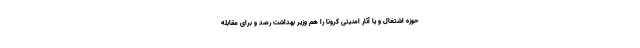
حوزه اشتغال و یا آثار امنیتی کرونا را هم وزیر بهداشت رصد و برای مقابله